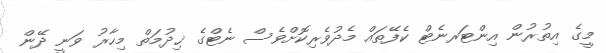
މީގެ އިތުރުން އިންޓަރނެޓް ކެފޭތައް މެދުވެރިކޮށްވެސް ނެޓްގެ ޚިދުމަތް މިހާރު ވަނީ ދޭން